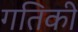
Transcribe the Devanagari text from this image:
गतिकी